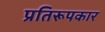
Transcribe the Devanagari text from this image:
प्रतिरूपकार